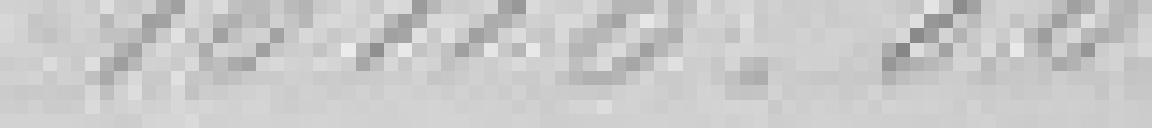
16116.86